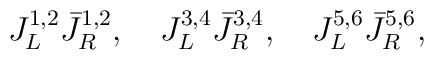
J_L^{1,2}{\bar J}_R^{1,2},\quad J_L^{3,4}{\bar J}_R^{3,4},\quad J_L^{5,6}{\bar J}_R^{5,6},